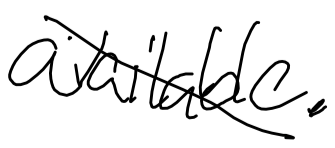
Text: available.
Cross-out: diagonal
Writing tool: digital_black